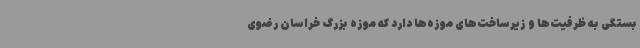
بستگی به ظرفیت‌ها و زیرساخت‌های موزه‌ها دارد که موزه بزرگ خراسان رضوی